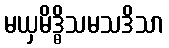
မယှမိဒ္ဓိသမသဒိသာ